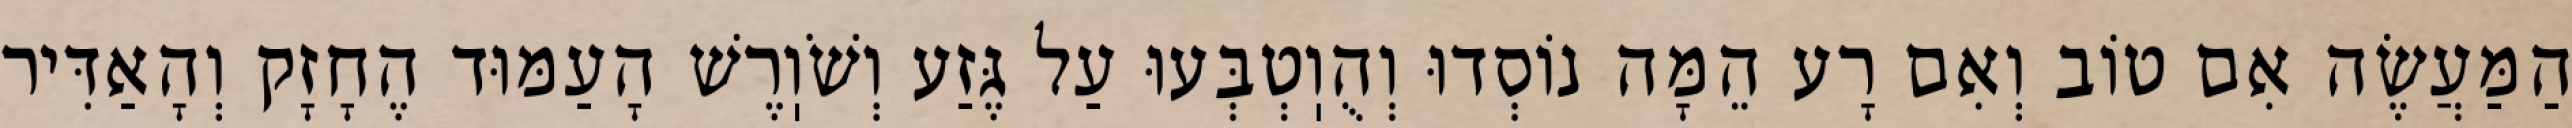
הַמַּעֲשֶׂה אִם טוֹב וְאִם רָע הֵמָּה נוֹסְדוּ וְהֻוֽטְבְּעוּ עַל גֶּזַע וְשֹׁוֽרֶשׁ הָעַמּוּד הֶחָזָק וְהָאַדִּיר